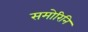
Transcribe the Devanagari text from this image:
समोरिनि